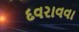
દવરાવવા